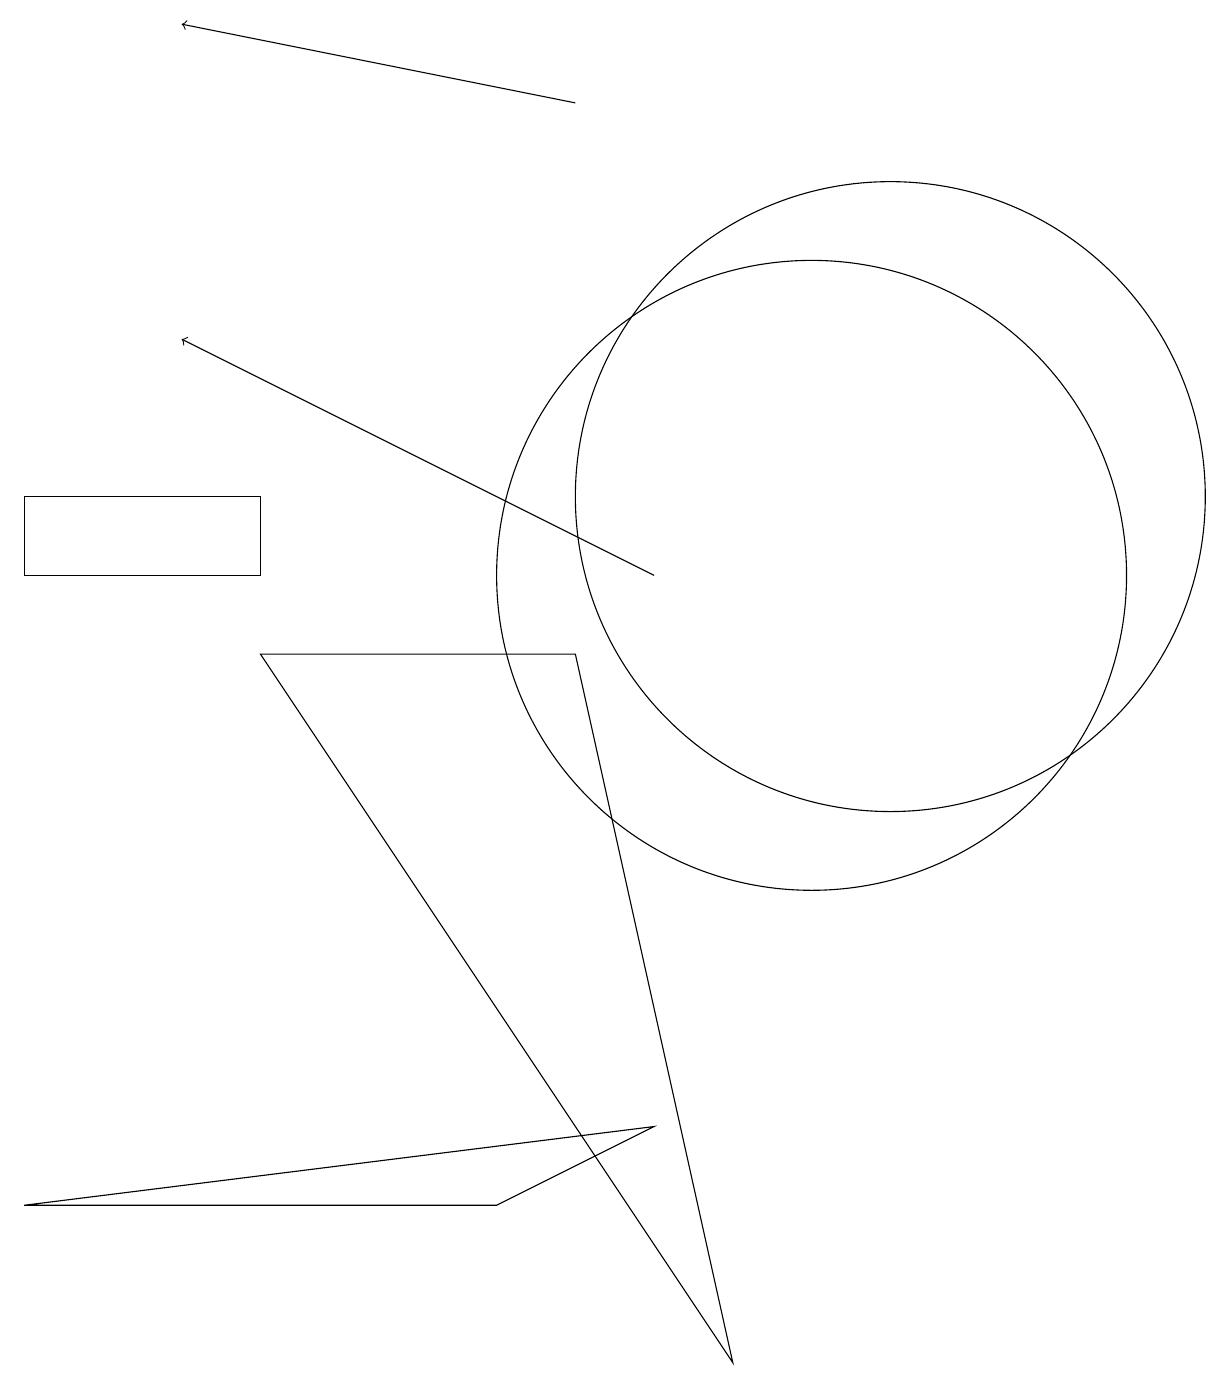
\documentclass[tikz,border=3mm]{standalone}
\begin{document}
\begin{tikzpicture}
\draw[->] (8,10) -- (2,13);
\draw (9,0) -- (7,9) -- (3,9) -- cycle;
\draw (10,10) circle (4);
\draw (11,11) circle (4);
\draw[->] (7,16) -- (2,17);
\draw (8,3) -- (0,2) -- (6,2) -- cycle;
\draw (0,11) rectangle (3,10);
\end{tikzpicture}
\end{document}